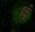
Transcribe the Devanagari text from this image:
क्षं